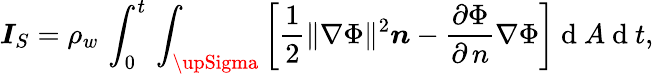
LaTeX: \boldsymbol{I}_{S}=\rho_{w}\, \int_{0}^{t}\, \int_{\upSigma}\left[\frac{1}{2}\lVert\nabla\Phi\rVert^{2}\boldsymbol{n}-\frac{\partial\Phi}{\partial\, n}\nabla\Phi\right]\mathrm{~d~}A\mathrm{~d~}t,